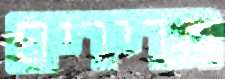
תדירים